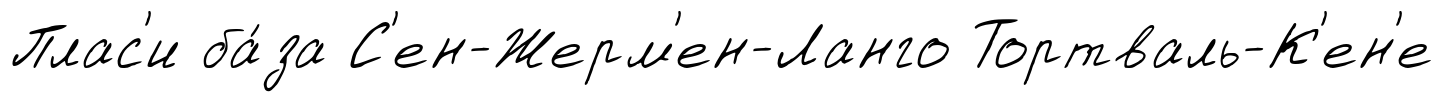
Плас'и ба́за С'ен-Жерм'ен-Ланго Тортваль-К'ен'е